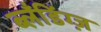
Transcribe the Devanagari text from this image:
ब्लँडिंग्ज़